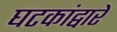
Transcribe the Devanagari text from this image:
घटकांद्वारे